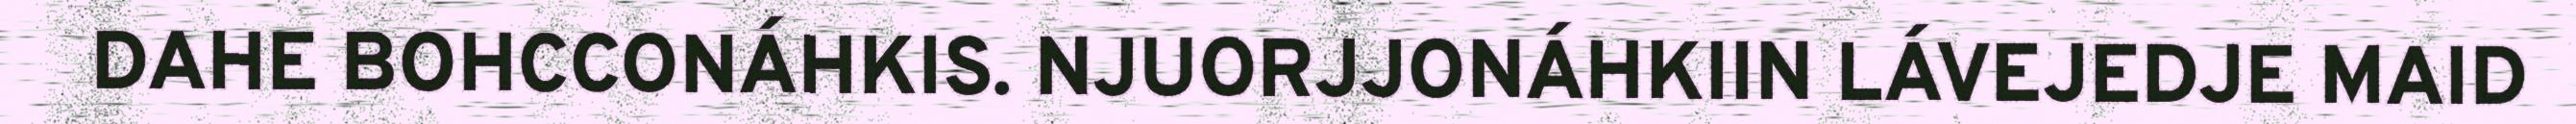
DAHE BOHCCONÁHKIS. NJUORJJONÁHKIIN LÁVEJEDJE MAID